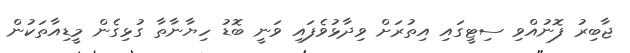
ޖާބިރު ފޮނުއްވި ސިޓީގައި އިތުރަށް ވިދާޅުވެފައި ވަނީ ބޮޑު ހިޔާނާތާ ގުޅިގެން މީޑިއާތަކުން